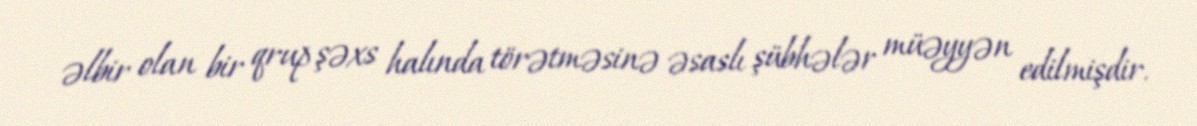
əlbir olan bir qrup şəxs halında törətməsinə əsaslı şübhələr müəyyən edilmişdir.